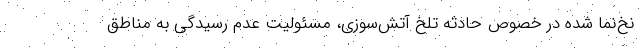
نخ‌نما شده در خصوص حادثه تلخ آتش‌سوزی، مسئولیت عدم رسیدگی به مناطق